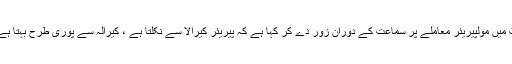
ریاست کیرالہ نے بھارت کی سپریم کورٹ میں مولپیریئر معاملے پر سماعت کے دوران زور دے کر کہا ہے کہ پیریئر کیرالا سے نکلتا ہے ، کیرالہ سے پوری طرح بہتا ہے اور کیرالہ میں سمندر میں شامل ہوتا ہے۔